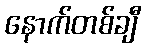
နောက်တစ်ချီ